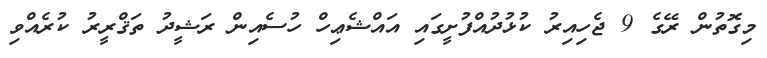
މިގޮތުން ރޭގެ 9 ޖެހިއިރު ކުޅުދުއްފުށީގައި އައްޝެޢިހް ހުސެއިން ރަޝީދު ތަޤްރީރު ކުރެއްވި